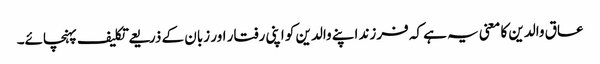
عاق والدین کا معنی یہ ہے کہ فرزند اپنے والدین کو اپنی رفتار اور زبان کے ذریعے تکلیف پہنچائے۔